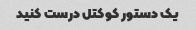
یک دستور کوکتل درست کنید